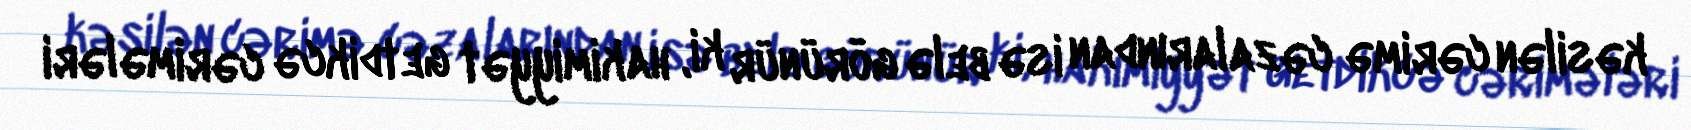
kəsilən cərimə cəzalarından isə belə görünür ki, hakimiyyət getdikcə cərimələri